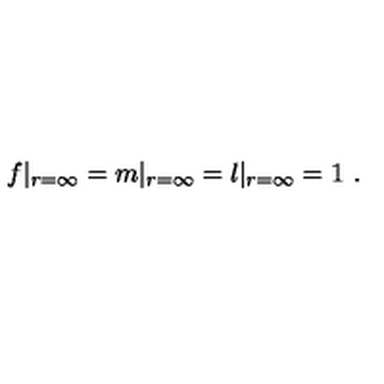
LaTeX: f | _ { r = \infty } = m | _ { r = \infty } = l | _ { r = \infty } = 1 \ .